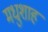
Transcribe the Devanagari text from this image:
मधुशाह